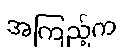
အကြည့်က